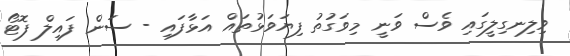
ވިލިނގިލީގައި ވެސް ވަނީ މިވަގުތު ފިޔަވަޅުތައް އަޅާފައި - ސަން ފައިލް ފޮޓޯ